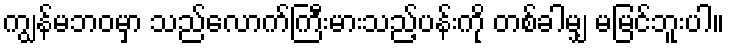
ကျွန်မဘဝမှာ သည်လောက်ကြီးမားသည့်ပန်းကို တစ်ခါမျှ မမြင်ဘူးပါ။